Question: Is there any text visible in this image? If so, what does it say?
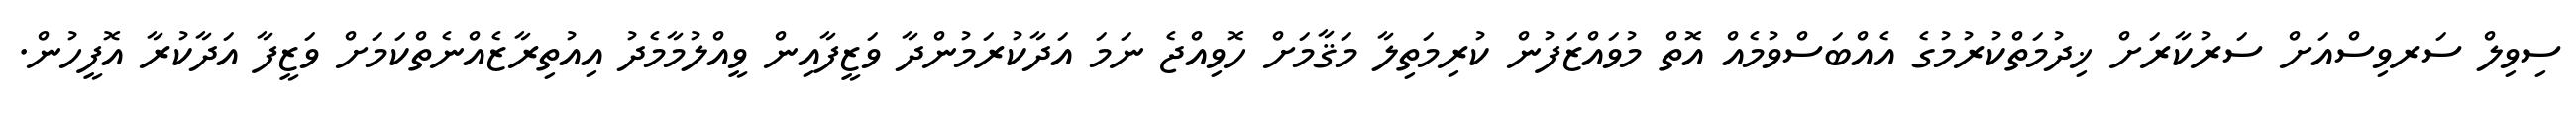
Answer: ސިވިލް ސަރވިސްއަށް ސަރުކާރަށް ޚިދުމަތްކުރުމުގެ އެއްބަސްވުމެއް އޮތް މުވައްޒަފުން ކުރިމަތިލާ މަޤާމަށް ހޮވިއްޖެ ނަމަ އަދާކުރަމުންދާ ވަޒީފާއިން ވީއްލުމާމެދު އިއުތިރާޒެއްނެތްކަމަށް ވަޒީފާ އަދާކުރާ އޮފީހުން.